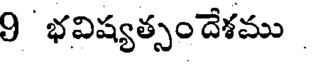
9 భవిష్యత్సం దేశము